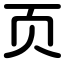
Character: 页